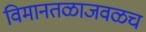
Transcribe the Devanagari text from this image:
विमानतळाजवळच